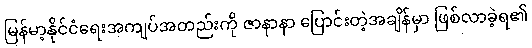
မြန်မာ့နိုင်ငံရေးအကျပ်အတည်းကို ဇာနာနာ ပြောင်းတဲ့အချိန်မှာ ဖြစ်လာခဲ့ရ၏